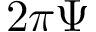
2 \pi \Psi